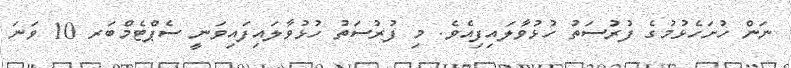
ނަން ހުށަހެޅުމުގެ ފުރުސަތު ހުޅުވާލައިފިއެވެ. މި ފުރުސަތު ހުޅުވާލައިފައިވަނީ ސެޕްޓެމްބަރ 10 ވަނަ